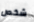
شخص